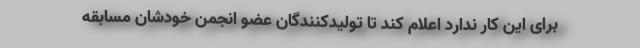
برای این کار ندارد اعلام کند تا تولیدکنندگان عضو انجمن خودشان مسابقه